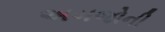
અબજોની